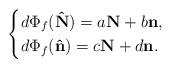
LaTeX: \begin{align*}\begin{cases}d\Phi_f(\mathbf{\hat N})=a\mathbf N+b\mathbf n,\\d\Phi_f(\mathbf{\hat n})=c\mathbf N+d\mathbf n.\end{cases}\end{align*}